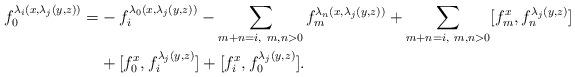
LaTeX: \begin{align*} f_0^{\lambda_i(x,\lambda_j(y,z))}=&-f_i^{\lambda_0(x,\lambda_j(y,z))}-\sum_{m+n=i,~m,n>0}f_m^{\lambda_n(x,\lambda_j(y,z))} +\sum_{m+n= i,~m,n>0}[f_m^x,f_n^{\lambda_j(y,z)}]\\ &+[f_0^x,f_i^{\lambda_j(y,z)}]+[f_i^x,f_0^{\lambda_j(y,z)}]. \end{align*}